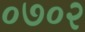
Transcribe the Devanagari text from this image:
०७०२